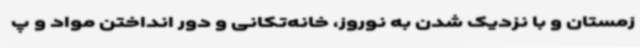
زمستان و با نزدیک شدن به نوروز، خانه‌تکانی و دور انداختن مواد و پ